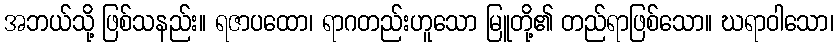
အဘယ်သို့ ဖြစ်သနည်း။ ရဇာပထော၊ ရာဂတည်းဟူသော မြူတို့၏ တည်ရာဖြစ်သော။ ဃရာဝါသော၊